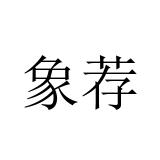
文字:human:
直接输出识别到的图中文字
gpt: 象荐